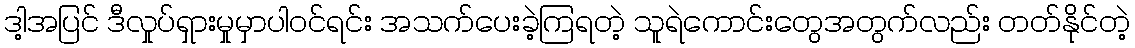
ဒါ့အပြင် ဒီလှုပ်ရှားမှုမှာပါဝင်ရင်း အသက်ပေးခဲ့ကြရတဲ့ သူရဲကောင်းတွေအတွက်လည်း တတ်နိုင်တဲ့